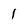
Character: l